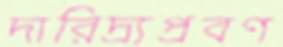
দারিদ্র্যপ্রবণ